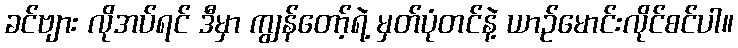
ခင်ဗျား လိုအပ်ရင် ဒီမှာ ကျွန်တော့်ရဲ့ မှတ်ပုံတင်နဲ့ ယာဉ်မောင်းလိုင်စင်ပါ။